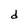
Character: d